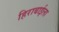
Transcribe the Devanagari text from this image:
हिराबाईला